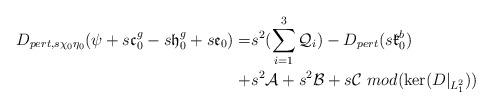
LaTeX: \begin{align*}D_{pert,s\chi_0\eta_0}(\psi+s\mathfrak{c}_0^g-s\mathfrak{h}^g_0+s\mathfrak{e}_0)=&s^2(\sum_{i=1}^3\mathcal{Q}_i)-D_{pert}(s\mathfrak{k}^b_0)\\+&s^2\mathcal{A}+s^2\mathcal{B}+s\mathcal{C}\mbox{ }mod(\ker(D|_{L^2_1}))\end{align*}